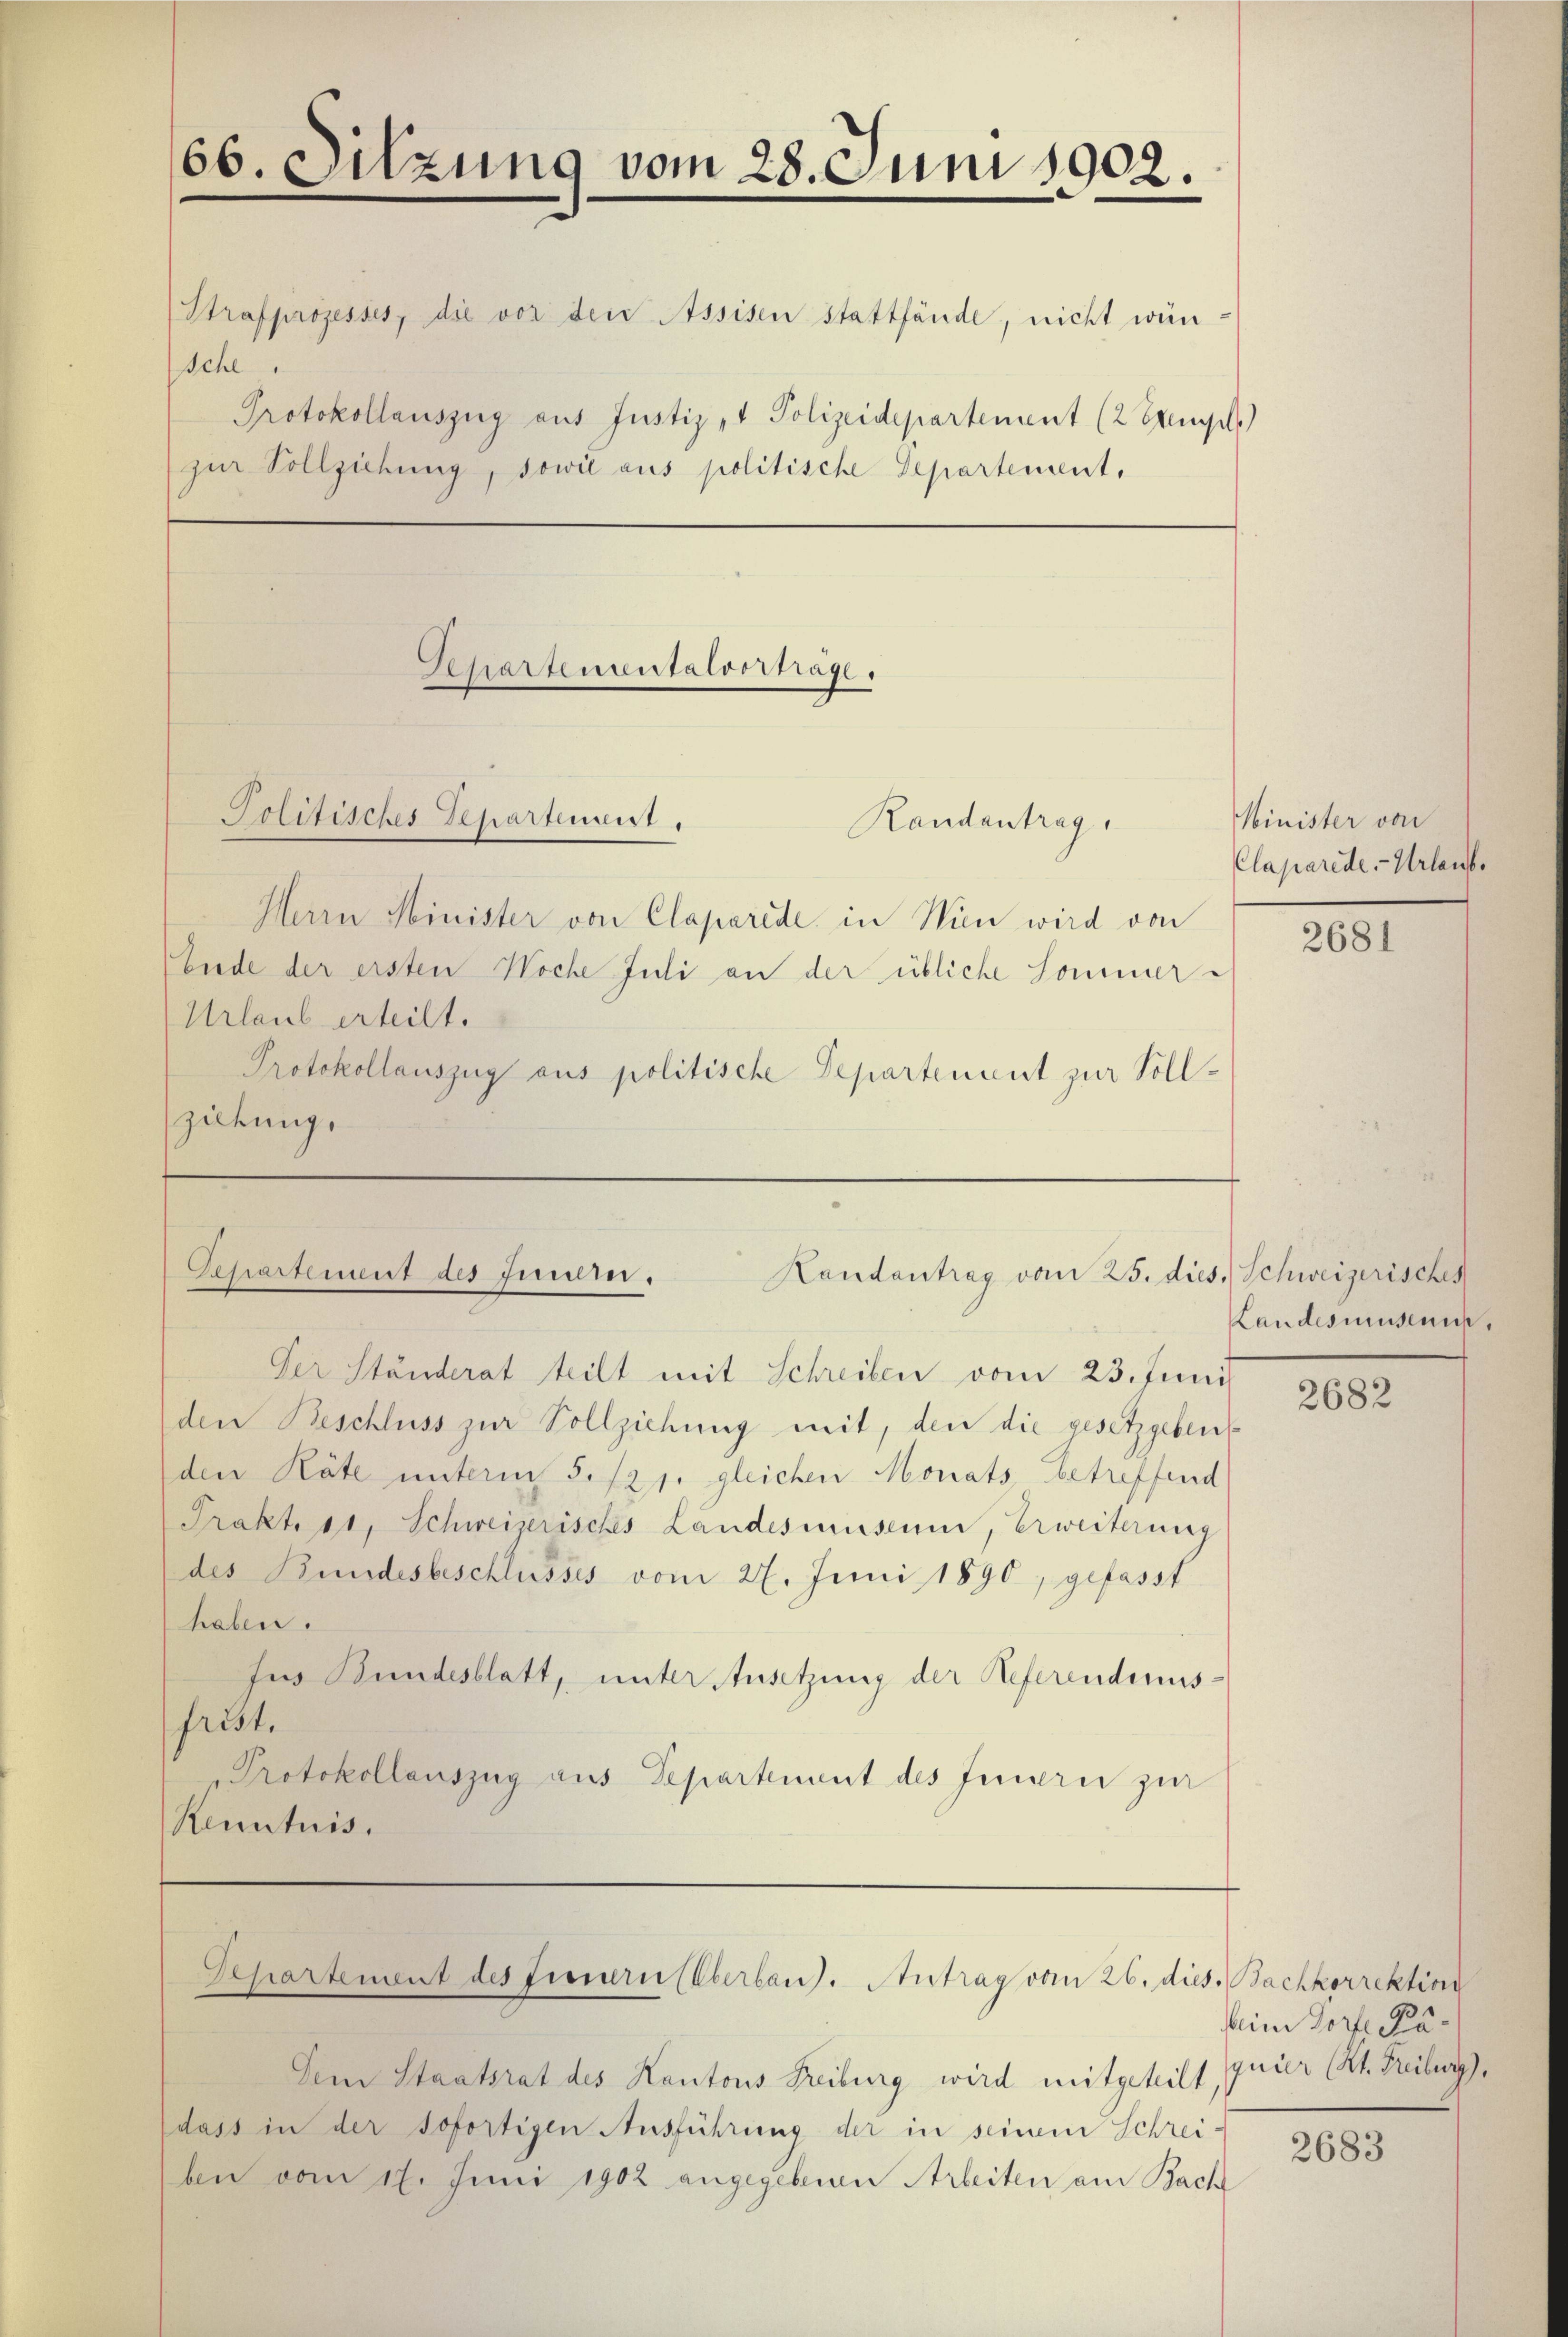
66. Sitzung vom 28. Juni 1902.

Strafprozesses, die vor den Assisen stattfände, nicht wün¬
Sche
Protokollauszug aus Justiz- & Polizeidepartement (2 Exempel.
zŭr Vollziehung, sowie aus politische Departement,

Politisches Departement.

Herrn Minister von Claparide, in Wien wird von
Ende der ersten Woche Juli an der übliche Sommer¬
Urlaub erteilt.
Protokollauszug aus politische Departenant zur Sollziehung.

Separtementalvertrage.

Randantrag,

Departement des finden.
Handantrag vom 25. dies Schweizerisches

Minister von
Claparede. - Urlaufe

Ver Ständerat teilt mit Schreiben vom 23. Juni
den Beschluss zur Vollziehung mit, den die gesetzgebent
den Käte unterm 5. 121. gleichen Monats betreffend
Prakt. 11, Schweizerisches Landesmuseum, Erweiterung
des Bundesbeschlusses vom 27. Juni 1890, gefasst
haben.
Jus Bundesblatt, unter Ansetzung der Referendinisfrist.
Protokollauszug aus Departement des Feuern zur
Kenntnis.

Separtement des Fernern (Oberband. Antrag vom 26. dies. Bachkorrektion

Dem Staatsrat des Kantons Freiburg wird mitgeteilt, guter Art. Freiburg),
dass in der sofortigen Ausführung der in seinem Schreiben vom 17. Juni 1902 angegebenen Arbeiten am Bach

)

2681

Landesmuseum,

2682

beim Dorfe Pa¬

2683